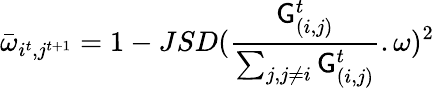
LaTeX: \bar{\omega}_{i^{t},j^{t+1}}=1-JSD(\frac{\mathsf{G}_{(i,j)}^{t}}{\sum_{j,j\neq i}\mathsf{G}_{(i,j)}^{t}}.\omega)^{2}